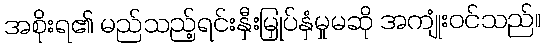
အစိုးရ၏ မည်သည့်ရင်းနှီးမြှုပ်နှံမှုမဆို အကျုံးဝင်သည်။